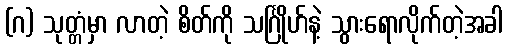
(ဂ) သုတ္တံမှာ လာတဲ့ စိတ်ကို သင်္ဂြိုဟ်နဲ့ သွားရောလိုက်တဲ့အခါ